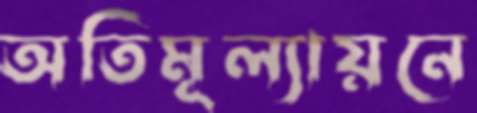
অতিমূল্যায়নে